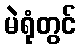
မဲရုံတွင်